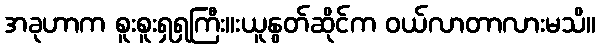
အခုဟာက စူးစူးရှရှကြီး။းယူနွတ်ဆိုင်က ဝယ်လာတာလားမသိ။